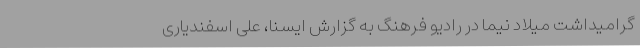
گرامیداشت میلاد نیما در رادیو فرهنگ به گزارش ایسنا، علی اسفندیاری